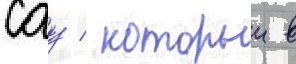
сау / которыи в